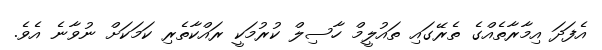
އެފަދަ އިމާރާތެއްގެ ތެރޭގައި ތައުލީމް ހާސިލް ކުރުމަކީ ރައްކާތެރި ކަމަކަށް ނުވާނެ އެވެ.